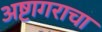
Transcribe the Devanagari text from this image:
अष्टागराचा